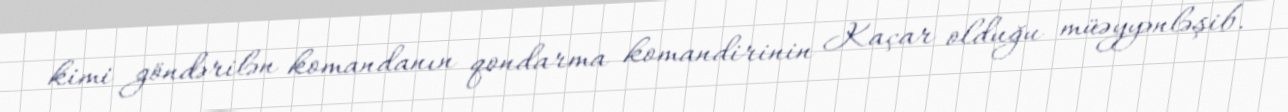
kimi göndərilən komandanın qondarma komandirinin Kaçar olduğu müəyyənləşib.